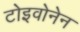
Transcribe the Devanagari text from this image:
टोइवोनेन